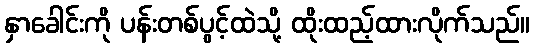
နှာခေါင်းကို ပန်းတစ်ပွင့်ထဲသို့ ထိုးထည့်ထားလိုက်သည်။